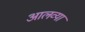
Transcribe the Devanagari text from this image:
आलव्या